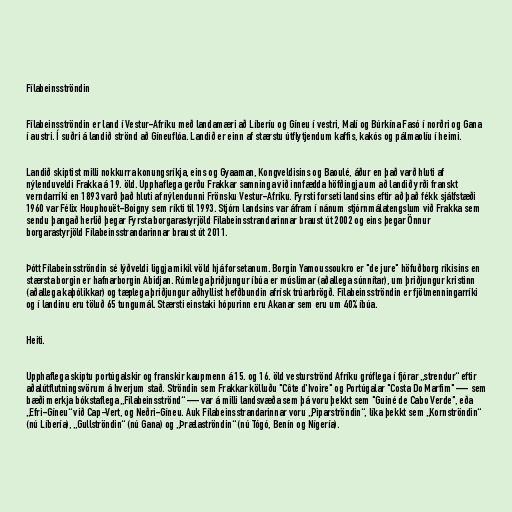
Fílabeinsströndin

Fílabeinsströndin er land í Vestur-Afríku með landamæri að Líberíu og Gíneu í vestri, Malí og Búrkína Fasó í norðri og Gana
í austri. Í suðri á landið strönd að Gíneuflóa. Landið er einn af stærstu útflytjendum kaffis, kakós og pálmaolíu í heimi.

Landið skiptist milli nokkurra konungsríkja, eins og Gyaaman, Kongveldisins og Baoulé, áður en það varð hluti af
nýlenduveldi Frakka á 19. öld. Upphaflega gerðu Frakkar samninga við innfædda höfðingja um að landið yrði franskt
verndarríki en 1893 varð það hluti af nýlendunni Frönsku Vestur-Afríku. Fyrsti forseti landsins eftir að það fékk sjálfstæði
1960 var Félix Houphouët-Boigny sem ríkti til 1993. Stjórn landsins var áfram í nánum stjórnmálatengslum við Frakka sem
sendu þangað herlið þegar Fyrsta borgarastyrjöld Fílabeinsstrandarinnar braust út 2002 og eins þegar Önnur
borgarastyrjöld Fílabeinsstrandarinnar braust út 2011.

Þótt Fílabeinsströndin sé lýðveldi liggja mikil völd hjá forsetanum. Borgin Yamoussoukro er "de jure" höfuðborg ríkisins en
stærsta borgin er hafnarborgin Abidjan. Rúmlega þriðjungur íbúa er múslimar (aðallega súnnítar), um þriðjungur kristinn
(aðallega kaþólikkar) og tæplega þriðjungur aðhyllist hefðbundin afrísk trúarbrögð. Fílabeinsströndin er fjölmenningarríki
og í landinu eru töluð 65 tungumál. Stærsti einstaki hópurinn eru Akanar sem eru um 40% íbúa.

Heiti.

Upphaflega skiptu portúgalskir og franskir kaupmenn á 15. og 16. öld vesturströnd Afríku gróflega í fjórar „strendur“ eftir
aðalútflutningsvörum á hverjum stað. Ströndin sem Frakkar kölluðu "Côte d'Ivoire" og Portúgalar "Costa Do Marfim" — sem
bæði merkja bókstaflega „Fílabeinsströnd“ — var á milli landsvæða sem þá voru þekkt sem "Guiné de Cabo Verde", eða
„Efri-Gíneu“ við Cap-Vert, og Neðri-Gíneu. Auk Fílabeinsstrandarinnar voru „Piparströndin“, líka þekkt sem „Kornströndin“
(nú Líbería), „Gullströndin“ (nú Gana) og „Þrælaströndin“ (nú Tógó, Benín og Nígería).